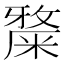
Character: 𥼅